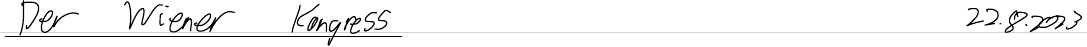
Der Wiener Kongress    22.8.2023